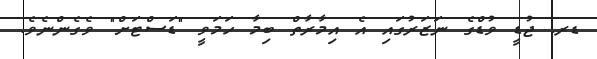
ޑރ. ޖުޑީ ވުޑްގެ ނަޒަރުގައި އެ އިމާރާތް ބިމާ ހަމަވީ "ޑަސްޓަށް" ވެގެންނެވެ.